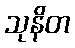
သုနိတ